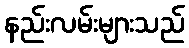
နည်းလမ်းများသည်